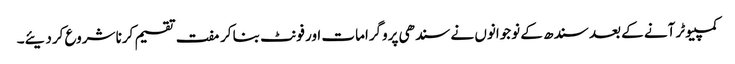
کمپیوٹر آنے کے بعد سندھ کے نوجوانوں نے سندھی پروگرامات اور فونٹ بنا کر مفت تقسیم کرنا شروع کردیئے۔